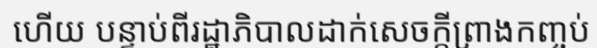
ហើយ បន្ទាប់ពីរដ្ឋាភិបាលដាក់សេចក្តីព្រាងកញ្ចប់